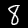
Digit: 8